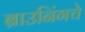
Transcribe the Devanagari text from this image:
ब्राउनिंगचे